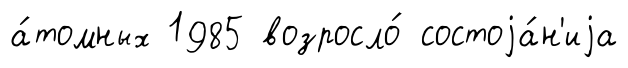
а́томных 1985 возросло́ состоjа́н'иjа